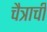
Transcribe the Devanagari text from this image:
चैत्राची